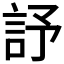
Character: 𧦃